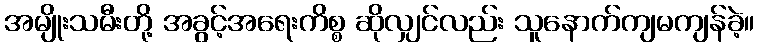
အမျိုးသမီးတို့ အခွင့်အရေးကိစ္စ ဆိုလျှင်လည်း သူနောက်ကျမကျန်ခဲ့။